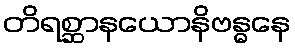
တိရစ္ဆာနယောနိဗန္ဓနေ